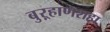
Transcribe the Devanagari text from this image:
बुऱ्हाणशहा